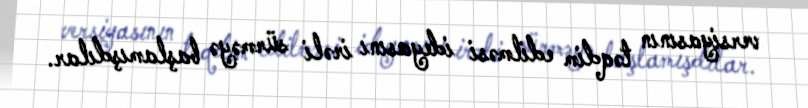
versiyasının təqdim edilməsi ideyasını irəli sürməyə başlamışdılar.